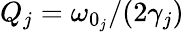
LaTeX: Q_{j}=\omega_{0_{j}}/(2\gamma_{j})